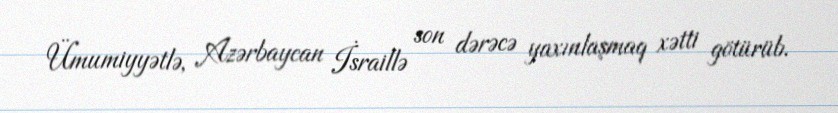
Ümumiyyətlə, Azərbaycan İsraillə son dərəcə yaxınlaşmaq xətti götürüb.